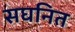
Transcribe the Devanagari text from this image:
सघनित